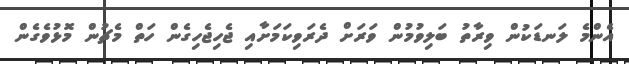
އެންމެ ލަނޑަކުން ވިރާތު ބަލިވުމުން ވަރަށް ދެރަވިކަމަށާއި ޖެހިޖެހިގެން ހަތް މެޗުން މޮޅުވެގެން